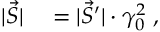
\begin{array} { r l } { | \vec { S } | } & { { } = | \vec { S } ^ { \prime } | \cdot \gamma _ { 0 } ^ { 2 } \; , } \end{array}